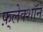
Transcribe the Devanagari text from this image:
फ़्लेक्शॉने